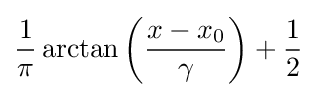
{\frac {1}{\pi }}\arctan \left({\frac {x-x_{0}}{\gamma }}\right)+{\frac {1}{2}}\!